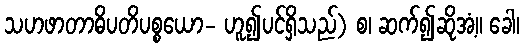
သဟဖာတာဓိပတိပစ္စယော- ဟူ၍ပင်ရှိသည်) စ၊ ဆက်၍ဆိုအံ့။ ခေါ၊